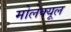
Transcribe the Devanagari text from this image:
मोलेक्यूल